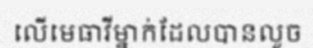
លើមេធាវីម្នាក់ដែលបានលួច